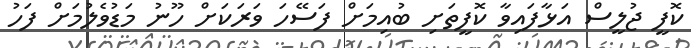
ކޮފީ ޖުލީސް އަޅާފައިވާ ކޮފީތަށި ބުއިމަށް ފަސޭހަ ވަރަކަށް ހޫނު މަޑުވެލުމަށް ފަހު